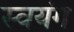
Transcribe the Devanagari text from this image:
स्वयंग